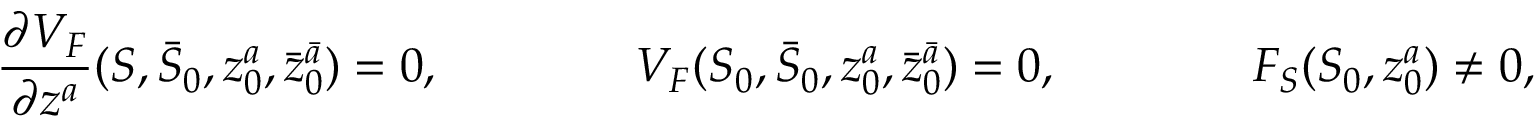
\frac { \partial V _ { F } } { \partial z ^ { a } } ( S , \bar { S } _ { 0 } , z _ { 0 } ^ { a } , \bar { z } _ { 0 } ^ { \bar { a } } ) = 0 , \qquad \qquad V _ { F } ( S _ { 0 } , \bar { S } _ { 0 } , z _ { 0 } ^ { a } , \bar { z } _ { 0 } ^ { \bar { a } } ) = 0 , \qquad \qquad F _ { S } ( S _ { 0 } , z _ { 0 } ^ { a } ) \ne 0 ,